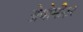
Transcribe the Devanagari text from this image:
ग्रेवोमीटर